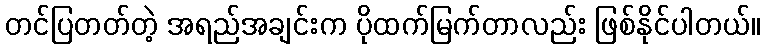
တင်ပြတတ်တဲ့ အရည်အချင်းက ပိုထက်မြက်တာလည်း ဖြစ်နိုင်ပါတယ်။